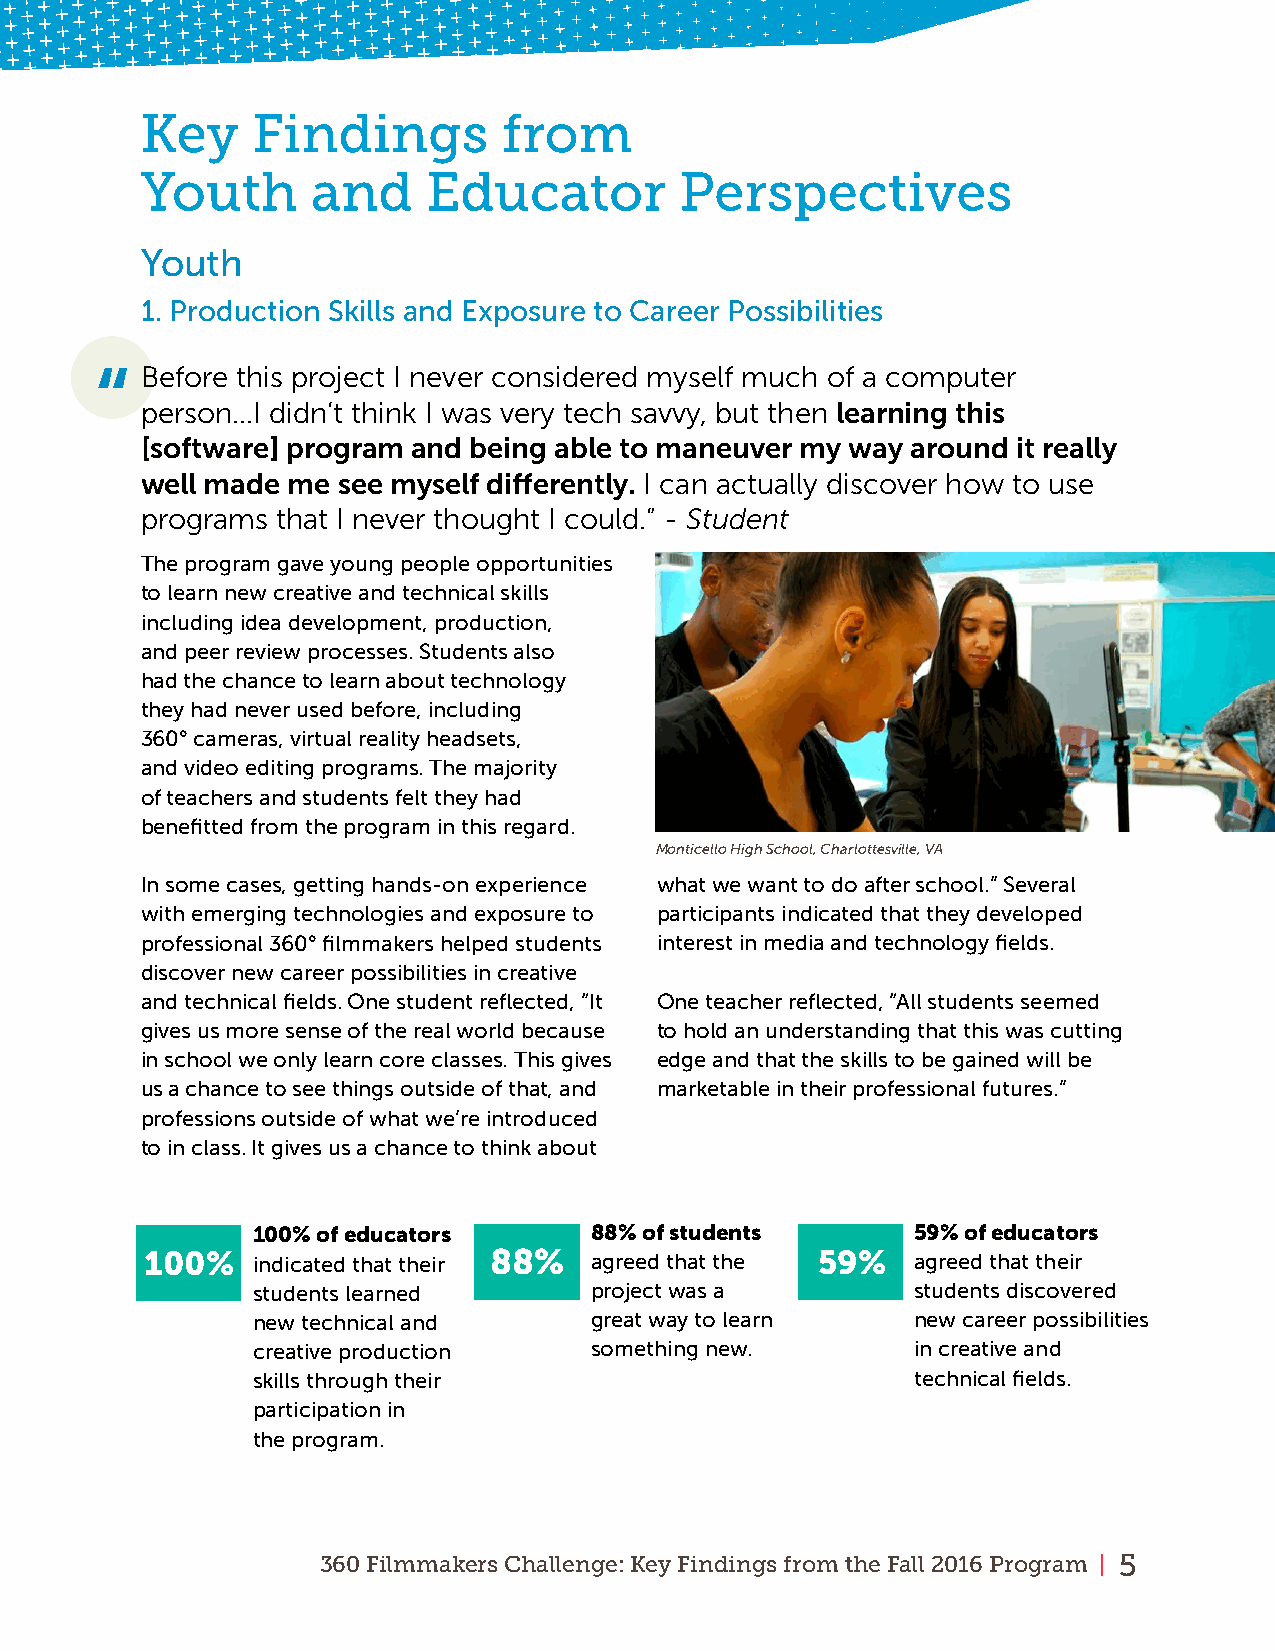
Key     Findings        from
 Youth       and    Educator         Perspectives
 Youth
 1 . Production Skills and Exposure to Career Possibilities
 “  Before this project I never considered myself much of a computer
 person...I didn’t think I was very tech savvy, but then learning this
 [software] program and being able to maneuver my way around it really
 well made me see myself differently. I can actually discover how to use
 programs that I never thought I could.” - Student
 The program gave young people opportunities
 to learn new creative and technical skills
 including idea development, production,
 and peer review processes . Students also
 had the chance to learn about technology
 they had never used before, including
 360° cameras, virtual reality headsets,
 and video editing programs . The majority
 of teachers and students felt they had
 benefitted from the program in this regard .
 Monticello High School, Charlottesville, VA
 In some cases, getting hands-on experience what we want to do after school .” Several
 with emerging technologies and exposure to participants indicated that they developed
 professional 360° filmmakers helped students interest in media and technology fields .
 discover new career possibilities in creative
 and technical fields . One student reflected, “It One teacher reflected, “All students seemed
 gives us more sense of the real world because to hold an understanding that this was cutting
 in school we only learn core classes . This gives edge and that the skills to be gained will be
 us a chance to see things outside of that, and marketable in their professional futures .”
 professions outside of what we’re introduced
 to in class . It gives us a chance to think about
 100% of educators     88% of students       59% of educators
 100%   indicated that their 88% agreed that the 59% agreed that their
 students learned      project was a         students discovered
 new technical and     great way to learn    new career possibilities
 creative production   something new .       in creative and
 skills through their                        technical fields .
 participation in
 the program .
 360 Filmmakers Challenge: Key Findings from the Fall 2016 Program | 5